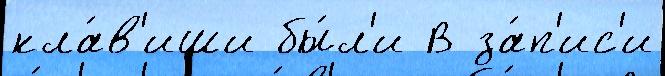
кла́в'иши бы́л'и В за́п'ис'и